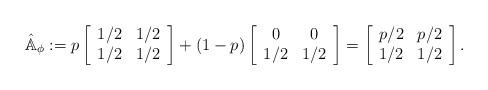
LaTeX: \begin{align*}\hat{\mathbb A}_{\phi}:=p\left[\begin{array}{cc} 1/2 & 1/2 \\ 1/2 & 1/2 \end{array}\right]+(1-p)\left[\begin{array}{cc} 0 & 0 \\ 1/2 & 1/2 \end{array}\right]=\left[\begin{array}{cc} p/2 & p/2 \\ 1/2 & 1/2 \end{array}\right].\end{align*}